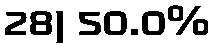
28) 50.0%